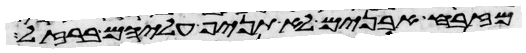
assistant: מזבח אבנים לא תניף עליהם ברזל